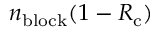
n _ { \mathrm { b l o c k } } ( 1 - R _ { \mathrm { c } } )